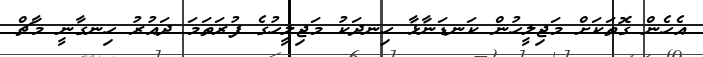
އެހެން ގޮތަކަށް މަޖިލީހުން ކަނޑަނާޅާ ހިނދަކު މަޖިލީހުގެ ފުރަތަމަ ދައުރު ހިނގާނީ މާޗް